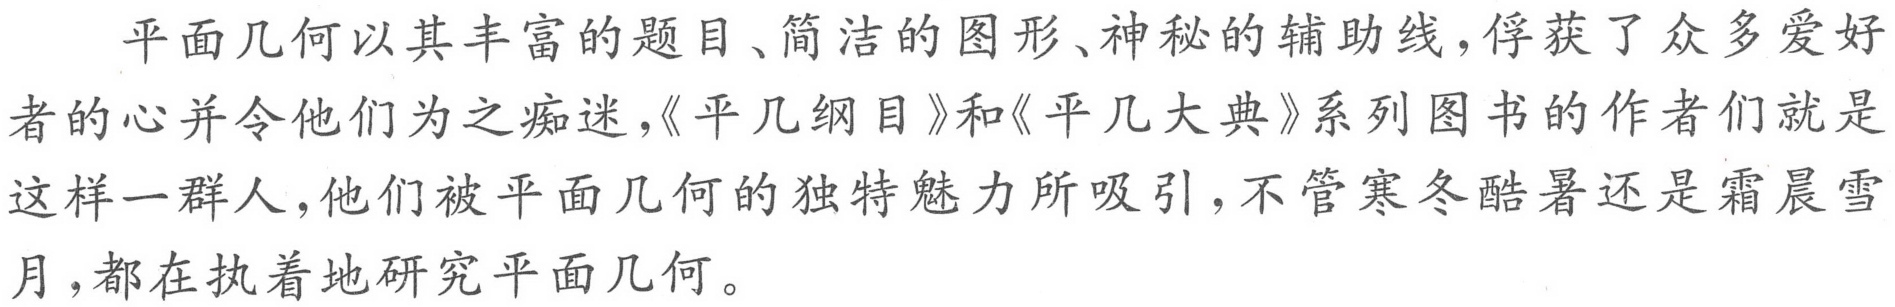
平面几何以其丰富的题目、简洁的图形、神秘的辅助线，俘获了众多爱好者的心并令他们为之痴迷，《平几纲目》和《平几大典》系列图书的作者们就是这样一群人，他们被平面几何的独特魅力所吸引，不管寒冬酷暑还是霜晨雪月，都在执着地研究平面几何。